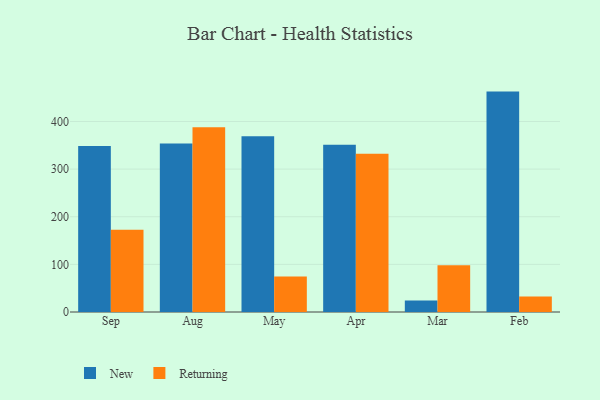
{"axis": {"x": "Month", "y": "Production Output"}, "legend": ["New", "Returning"], "data": [{"x": "Sep", "y": 348.3, "type": "New"}, {"x": "Sep", "y": 172.9, "type": "Returning"}, {"x": "Aug", "y": 353.8, "type": "New"}, {"x": "Aug", "y": 387.8, "type": "Returning"}, {"x": "May", "y": 368.8, "type": "New"}, {"x": "May", "y": 74.3, "type": "Returning"}, {"x": "Apr", "y": 351.0, "type": "New"}, {"x": "Apr", "y": 332.4, "type": "Returning"}, {"x": "Mar", "y": 24.0, "type": "New"}, {"x": "Mar", "y": 98.2, "type": "Returning"}, {"x": "Feb", "y": 462.7, "type": "New"}, {"x": "Feb", "y": 32.4, "type": "Returning"}]}